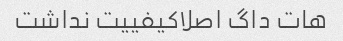
هات داگ اصلاکیفییت نداشت